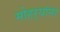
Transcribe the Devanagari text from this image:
मोहऱ्यांना